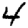
Digit: 4